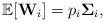
LaTeX: \begin{align*}\mathbb{E}[\mathbf{W}_i] = p_i\mathbf{\Sigma}_i,\end{align*}